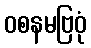
ဝစနမဗြဝုံ